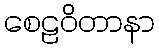
စေဠဝိတာနာ